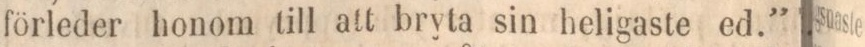
förleder honom till att bryta sin heligaste ed.”